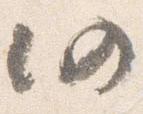
仍